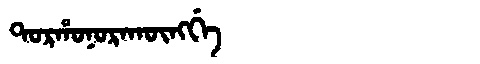
Manchu: ᡨᠣᡵᡥᠣᠨᠣᡵᠠᡴᡡᠩᡤᡝ
Romanization: TORHONORAKŪNGGE